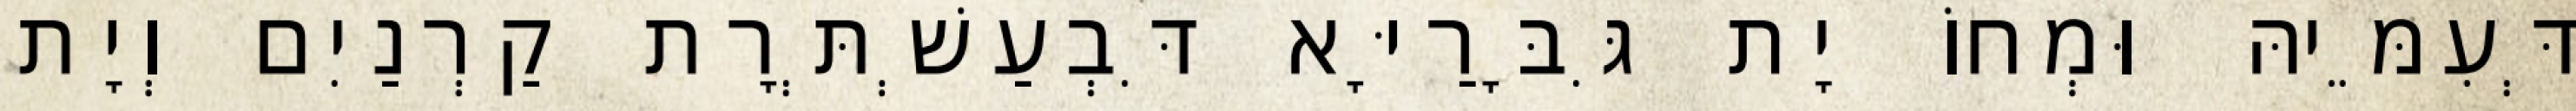
דְּעִמֵּיהּ וּמְחוֹ יָת גִּבָּרַיָּא דִּבְעַשְׁתְּרָת קַרְנַיִם וְיָת